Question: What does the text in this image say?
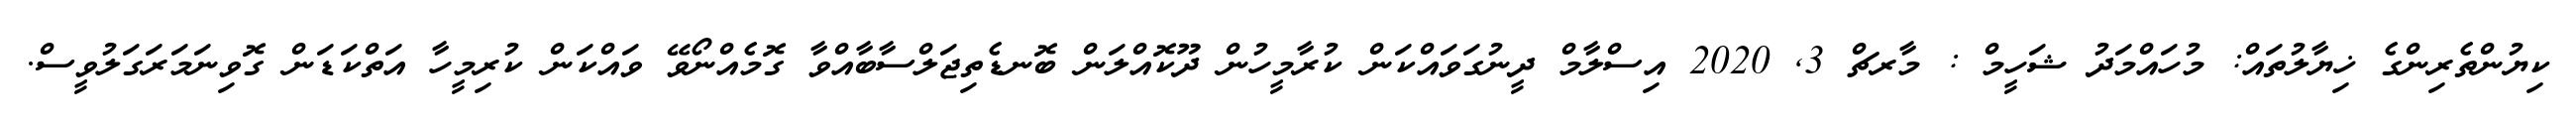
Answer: ކިޔުންތެރިންގެ ޚިޔާލުތައް: މުހައްމަދު ޝަހީމް : މާރޗް 3, 2020 އިސްލާމް ދީނުގަވައްކަން ކުރާމީހުން ދޫކޮއްލަން ބޮނޑެތިޖަލްސާބާއްވާ ގޮމެއްނޯވޭ ވައްކަން ކުރިމީހާ އަތްކަޑަން ގޮވިނަމަރަގަލުވީސް.